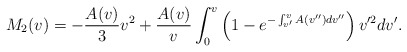
\begin{align*} M_{2}(v)=-\frac{A(v)}{3}v^2+\frac{A(v)}{v}\int_0^v\left(1-e^{-\int_{v'}^vA(v'')dv''}\right)v'^2dv'.\end{align*}